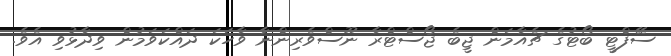
ސޭފްޓީ ބޯޓުގެ ޗެއާމަން ޖީބެ ޖޯސްޓްރާ ނޫސްވެރިންނާ ވާހަކަ ދައްކަވަމުން ވިދާޅުވި އެވެ.